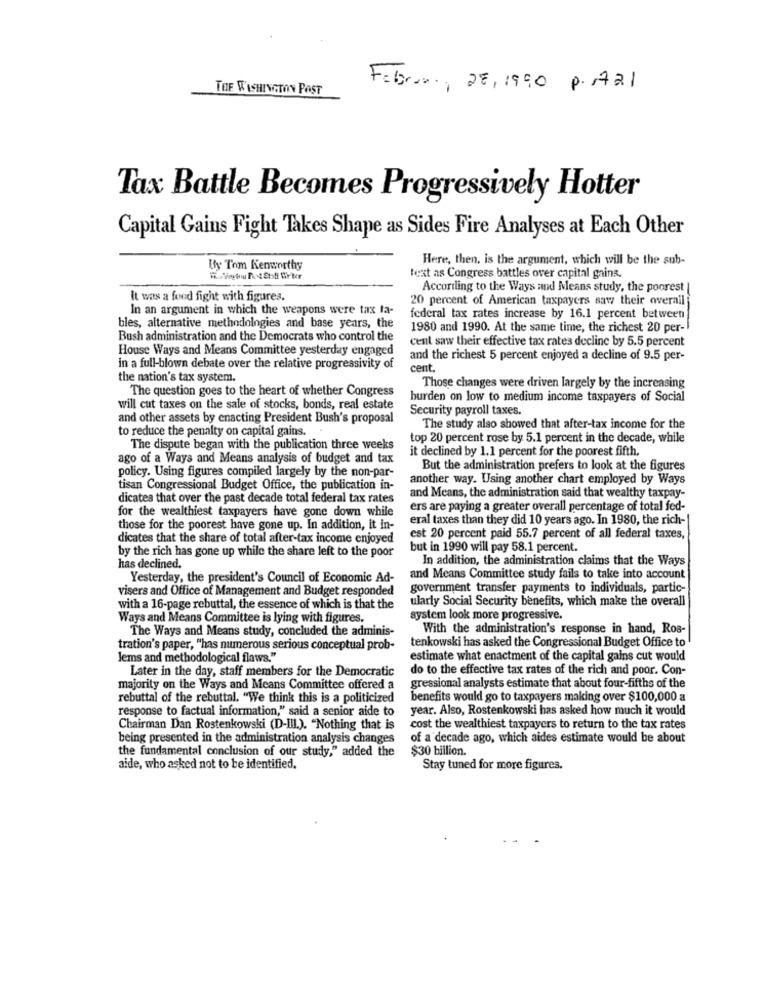
TOF WASHINGTON POST
Fabr.r ., 28, 1990 p. 1721
Tax Battle Becomes Progressively Hotter
Capital Gains Fight Takes Shape as Sides Fire Analyses at Each Other
Here, then, is the argument, which will be the sub-
By Tom Kenworthy
text as Congress battles over capital gains.
According to the Ways and Means study, the poorest |
It was a food fight with figures.
20 percent of American taxpayers saw their overall
In an argument in which the weapons were tax ta-
federal tax rates increase by 16.1 percent between
bles, alternative methodologies and base years, the
1980 and 1990. At the same time, the richest 20 per-
Bush administration and the Democrats who control the
cent saw their effective tax rates decline by 5.5 percent
House Ways and Means Committee yesterday engaged
and the richest 5 percent enjoyed a decline of 9.5 per-
in a full-blown debate over the relative progressivity of
cent.
the nation's tax system.
The question goes to the heart of whether Congress
Those changes were driven largely by the increasing
burden on low to medium income taxpayers of Social
will cut taxes on the sale of stocks, bonds, real estate
Security payroll taxes.
and other assets by enacting President Bush's proposal
to reduce the penalty on capital gains.
The study also showed that after-tax income for the
top 20 percent rose by 5.1 percent in the decade, while
The dispute began with the publication three weeks
it declined by 1.1 percent for the poorest fifth.
ago of a Ways and Means analysis of budget and tax
But the administration prefers to look at the figures
policy. Using figures compiled largely by the non-par-
another way. Using another chart employed by Ways
tisan Congressional Budget Office, the publication in-
and Means, the administration said that wealthy taxpay-
dicates that over the past decade total federal tax rates
for the wealthiest taxpayers have gone down while
ers are paying a greater overall percentage of total fed-
eral taxes than they did 10 years ago. In 1980, the rich-
those for the poorest have gone up. In addition, it in-
dicates that the share of total after-tax income enjoyed
est 20 percent paid 55.7 percent of all federal taxes,
by the rich has gone up while the share left to the poor
but in 1990 will pay 58.1 percent.
In addition, the administration claims that the Ways
has declined.
Yesterday, the president's Council of Economic Ad-
and Means Committee study fails to take into account
visers and Office of Management and Budget responded
government transfer payments to individuals, partic-
ularly Social Security benefits, which make the overall
with a 16-page rebuttal, the essence of which is that the
Ways and Means Committee is lying with figures.
system look more progressive.
The Ways and Means study, concluded the adminis-
With the administration's response in hand, Ros-
tenkowski has asked the Congressional Budget Office to
tration's paper, "has numerous serious conceptual prob-
Jems and methodological flaws."
estimate what enactment of the capital gains cut would
Later in the day, staff members for the Democratic
do to the effective tax rates of the rich and poor. Con-
majority on the Ways and Means Committee offered a
gressional analysts estimate that about four-fifths of the
rebuttal of the rebuttal. "We think this is a politicized
benefits would go to taxpayers making over $100,000 a
response to factual information," said a senior aide to
year. Also, Rostenkowski has asked how much it would
Chairman Dan Rostenkowski (D-III.). "Nothing that is
cost the wealthiest taxpayers to return to the tax rates
being presented in the administration analysis changes
of a decade ago, which aides estimate would be about
the fundamental conclusion of our study," added the
$30 billion.
aide, who asked not to be identified.
Stay tuned for more figures.